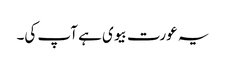
یہ عورت بیوی ہے آپ کی۔